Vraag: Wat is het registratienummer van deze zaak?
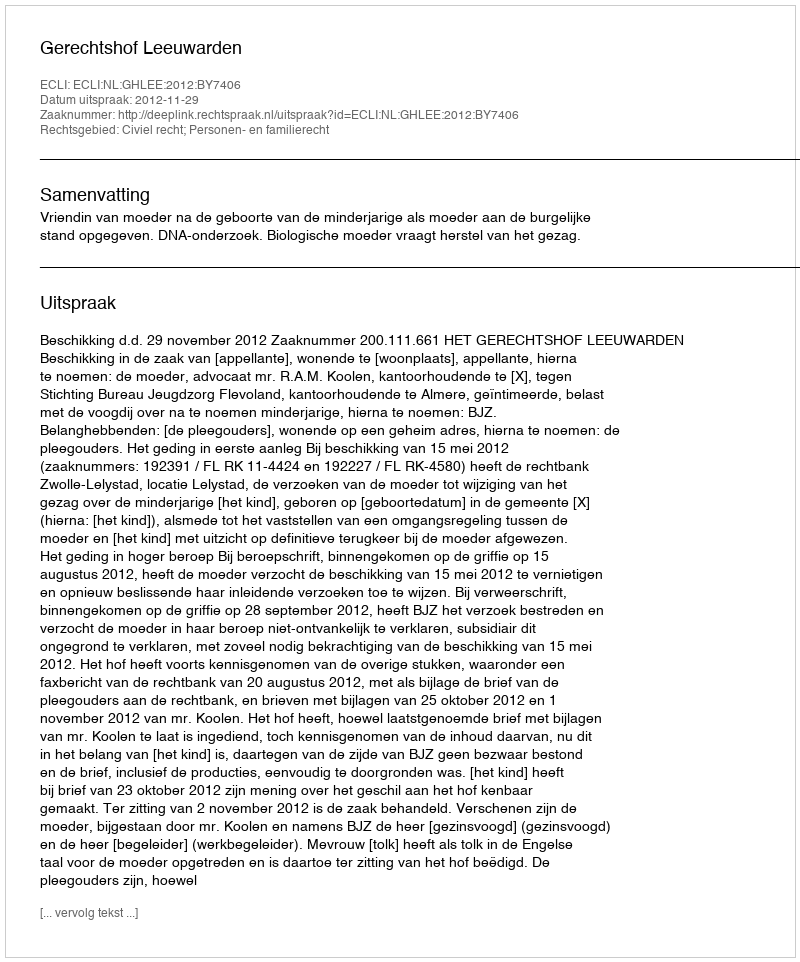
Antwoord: http://deeplink.rechtspraak.nl/uitspraak?id=ECLI:NL:GHLEE:2012:BY7406